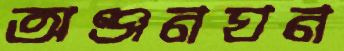
অঞ্জনঘন